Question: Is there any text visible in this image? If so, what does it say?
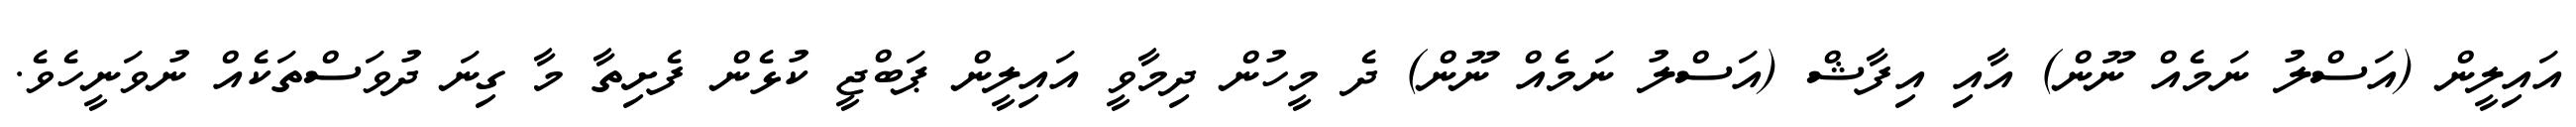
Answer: އައިލީން (އަސްލު ނަމެއް ނޫން) އާއި އިފާޝް (އަސްލު ނަމެއް ނޫން) ދެ މީހުން ދިމާވީ އައިލީން ޕަބްޖީ ކުޅެން ފެށިތާ މާ ގިނަ ދުވަސްތަކެއް ނުވަނީހެވެ.